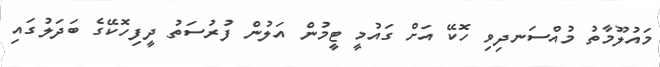
މައުލޫމާތު މުއްސަނދިވި ހޮކޭ އަށް ގައުމީ ޓީމުން އަލުން ފުރުސަތު ދީފިހޮކޭގެ ބަދަލުގައި